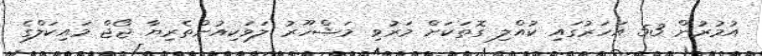
އުމުރުން 53 އަހަރުގައި ކުއްލި ގޮތަކަށް މަރުވި މަޝްހޫރު ލަވަކިއުންތެރިޔާ ޖޯޖް މައިކަލްގެ